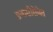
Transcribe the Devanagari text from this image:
प्रवासीसेवेत